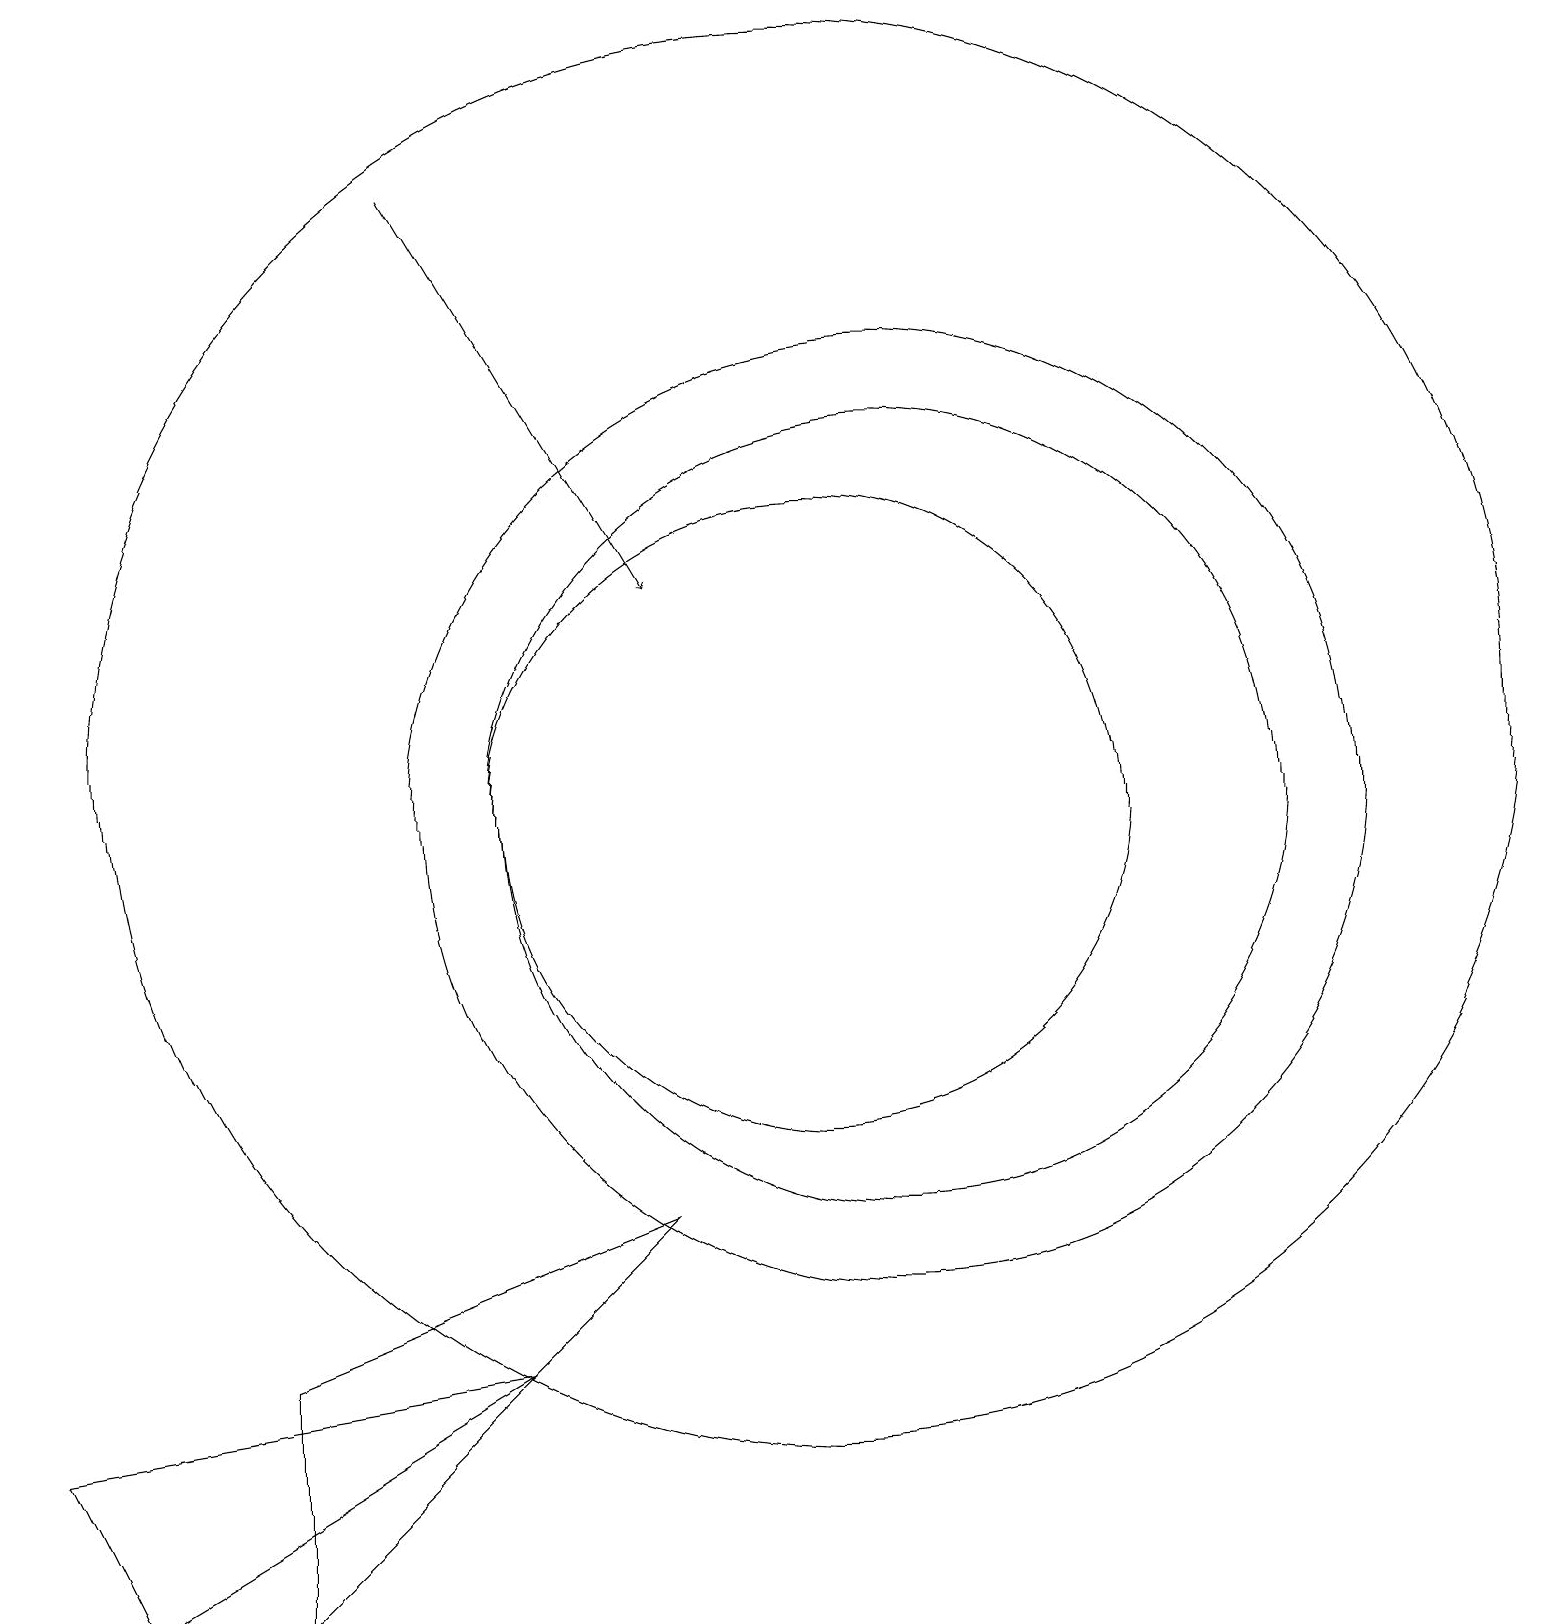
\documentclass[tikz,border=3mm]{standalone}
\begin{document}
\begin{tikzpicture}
\draw (10,11) circle (9);
\draw[->] (5,18) -- (8,13);
\draw (10,10) circle (4);
\draw (11,10) circle (6);
\draw (1,0) -- (0,2) -- (6,3) -- cycle;
\draw (3,0) -- (8,5) -- (3,3) -- cycle;
\draw (11,10) circle (5);
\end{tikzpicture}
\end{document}